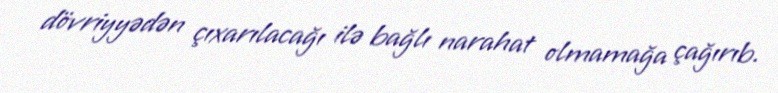
dövriyyədən çıxarılacağı ilə bağlı narahat olmamağa çağırıb.